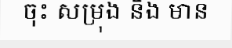
ចុះ សម្រុង និង មាន